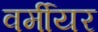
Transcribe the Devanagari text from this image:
वर्मीयर